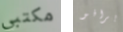
مكتبي برافو